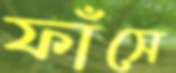
ফাঁসে